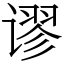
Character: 谬